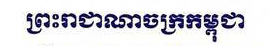
ព្រះរាជាណាចក្រកម្ពុជា